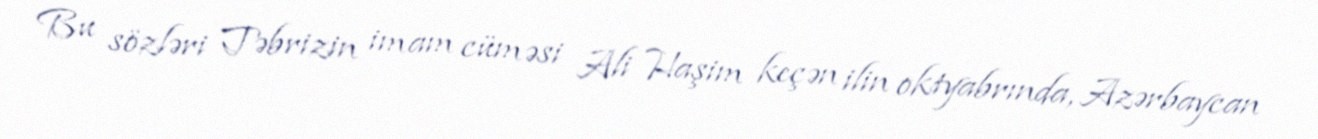
Bu sözləri Təbrizin imam cüməsi Ali Haşim keçən ilin oktyabrında, Azərbaycan